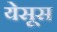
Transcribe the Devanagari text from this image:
येसूस